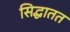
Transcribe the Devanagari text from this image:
सिद्धातत